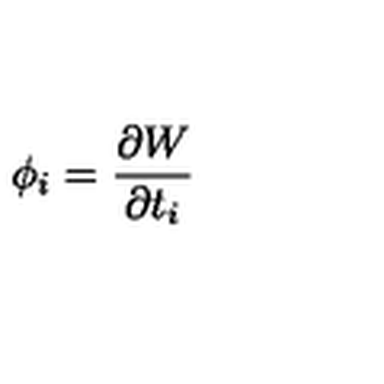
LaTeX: \phi _ { i } = \frac { \partial W } { \partial t _ { i } }